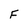
Character: F